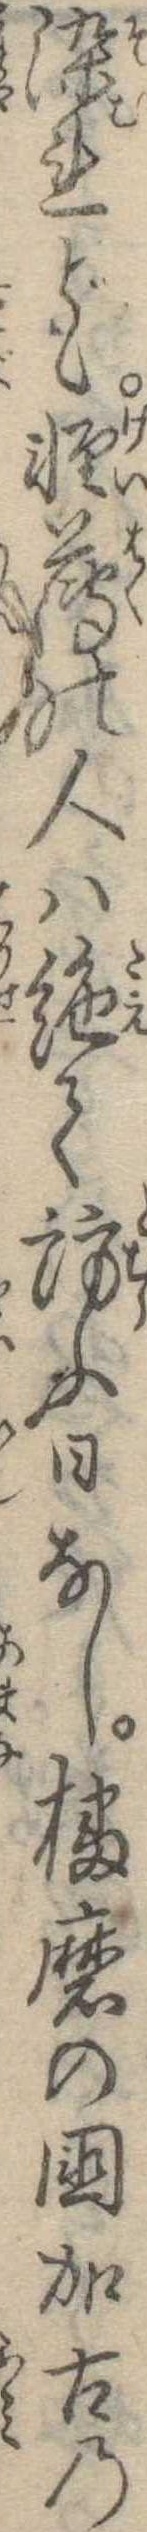
染れども軽薄の人は絶て訪ふ日なし播磨の国加古の